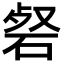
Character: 𮀜